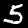
Label: 5